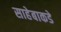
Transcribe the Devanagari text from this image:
साहेबाकडे